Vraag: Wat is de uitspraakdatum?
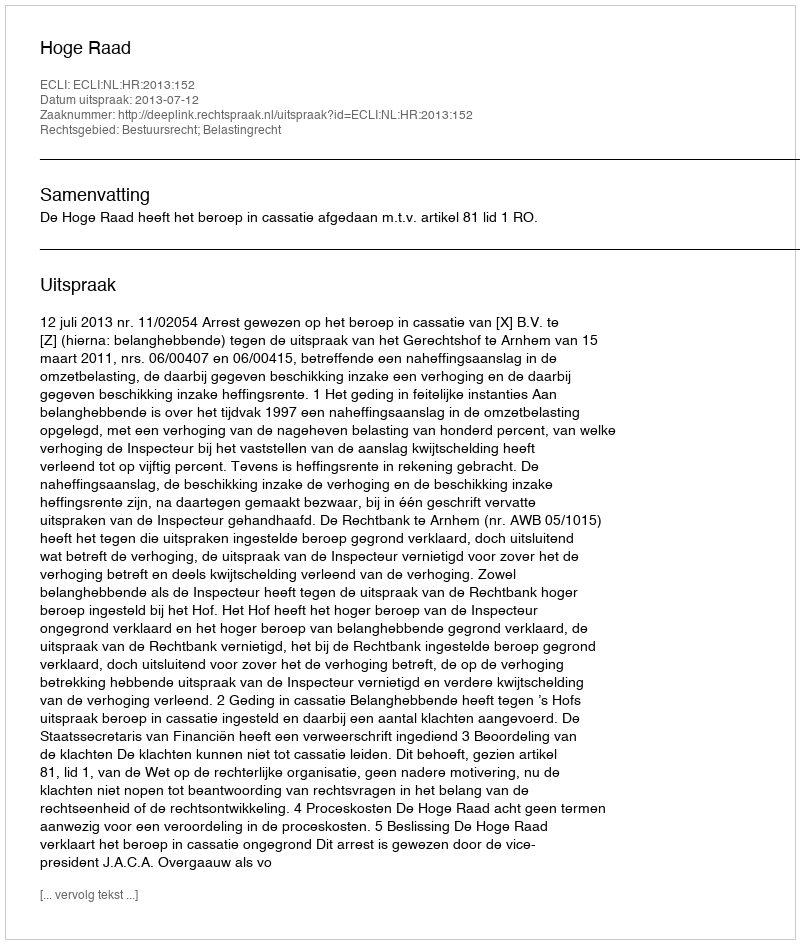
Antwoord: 2013-07-12